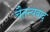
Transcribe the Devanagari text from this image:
चैतन्यवाद